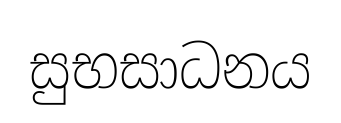
සුභසාධනය